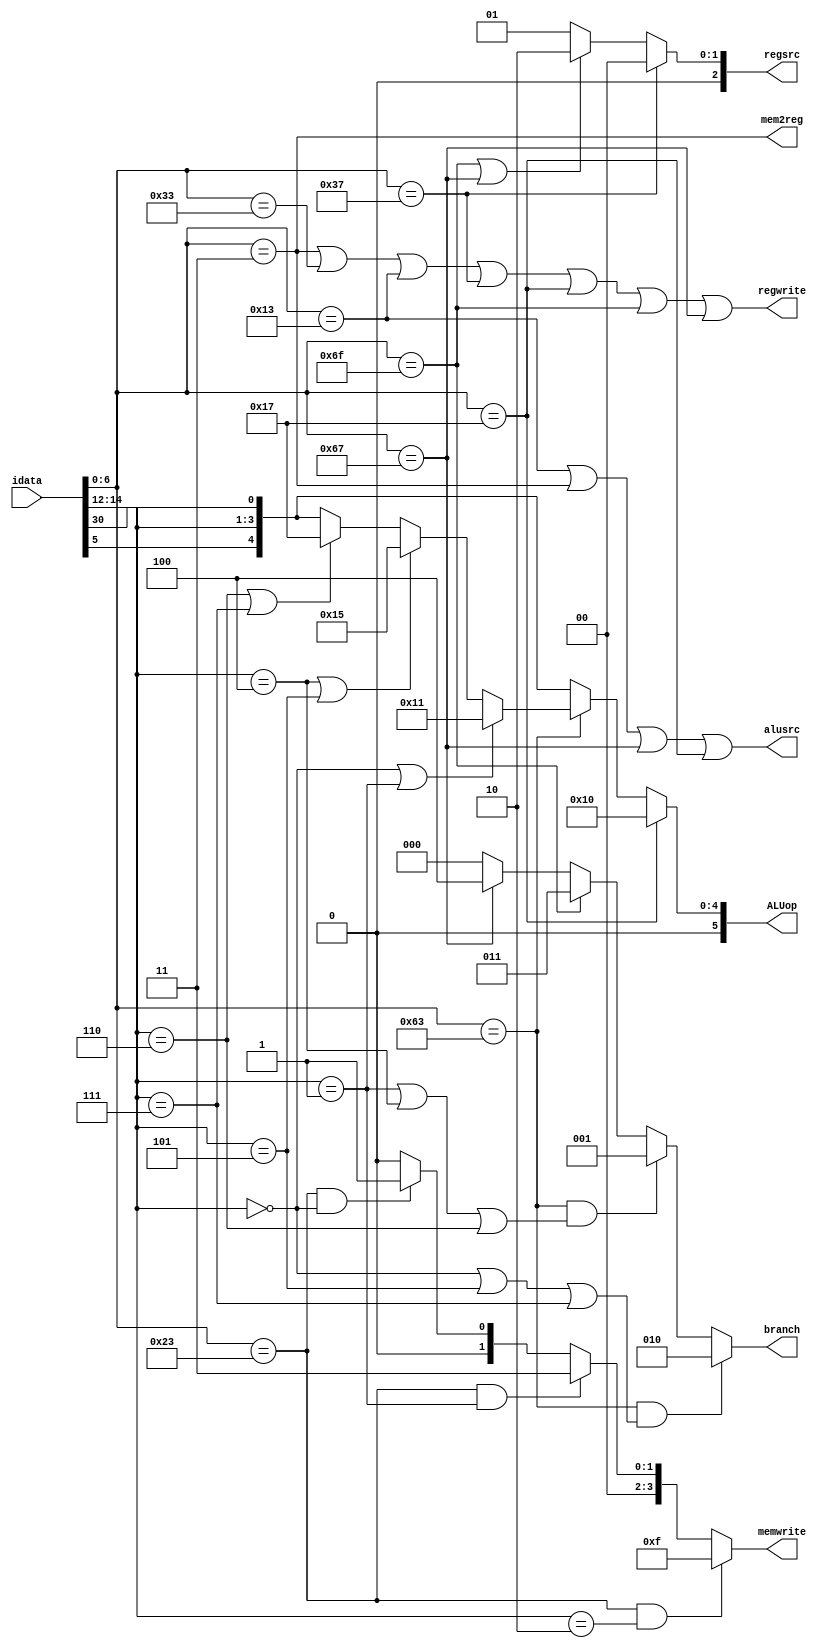
module control (
    input [31:0] idata,
    output [2:0] branch,
    output [2:0] regsrc,
    output  mem2reg,
    output  [5:0] ALUop,
    output alusrc,
    output regwrite,
    output [3:0] memwrite
);

// Opcode and the 3-bit functions
wire [6:0] opcode;
wire [2:0] funct3;
assign funct3 = idata[14:12];
assign opcode = idata[6:0];

// Branch code
assign branch = (opcode == 7'b1100011 && (funct3 == 3'b000 || funct3 == 3'b101 || funct3 == 3'b111))? 3'b010: // Branch if Zero
					      (opcode == 7'b1100011 && (funct3 == 3'b001 || funct3 == 3'b100 || funct3 == 3'b110))? 3'b001: // Branch if Non-zero
    					  (opcode == 7'b1101111 )? 3'b011 :                                                             // JAL
    					  (opcode == 7'b1100111 )? 3'b100 :                                                             // JALR
                3'b000;                                                                                       // No branch

//  Regwrite
assign regwrite = (opcode == 7'b0000011 || opcode == 7'b0110011 || opcode == 7'b0010011 || // Load , ALU-I , ALU
                   opcode == 7'b0110111 || opcode == 7'b0010111 || opcode == 7'b1101111 || // LUI , AUIPC , JAL
                   opcode == 7'b1100111 );                                                 // JALR
//  Memwrite
assign memwrite = (opcode == 7'b0100011 && funct3 == 3'b010) ? 4'b1111 :           // SW
                  (opcode == 7'b0100011 && funct3 == 3'b001) ? 4'b0011 :           // SH
                  (opcode == 7'b0100011 && funct3 == 3'b000) ? 4'b0001 : 4'b0000;  // SB , None

// Register source
assign regsrc = (opcode == 7'b0110111) ? 2'b00 :                        // Immediate Generated - For LUI
                (opcode == 7'b1101111 || opcode == 7'b1100111) ? 2'b10  // PC_Next = PC+4
                : 2'b01;                                                // JAL

// Memtoreg
assign mem2reg = (opcode == 7'b0000011);    // Load operations

//alusrc
// Choose Immediate value or value from register for second value for ALU
assign alusrc = (opcode == 7'b0010011 || opcode == 7'b0000011 || // ALUI , Load
                 opcode == 7'b1100111 || opcode == 7'b0010111 ); // JALR , AUIPC 


// ALUop
// To get output from ALU , We manually set Branching operations to match the Sub ,Add , Comp Opcode
assign ALUop = (opcode == 7'b0010111)? 6'b010000 :                      // For AUIPC 
                (opcode == 7'b1100011)?
                (funct3 == 3'b000 || funct3 == 3'b001 )? 6'b010001 :    // Branch - Subtract
                (funct3 == 3'b100 || funct3 == 3'b101 )? 6'b010101 :    // Branch - Signed Compare
                (funct3 == 3'b110 || funct3 == 3'b111 )? 6'b010111      // Branch - Unsigned Compare
                :{1'b0,idata[5],idata[14:12],idata[30]}                 // Normal ALU
                :{1'b0,idata[5],idata[14:12],idata[30]};                // Normal ALU for completion of statement

endmodule